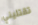
تقتليني